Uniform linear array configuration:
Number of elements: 12
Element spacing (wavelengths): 0.75
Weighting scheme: cosine
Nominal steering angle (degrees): -15
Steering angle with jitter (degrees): -15.053
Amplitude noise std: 0.05
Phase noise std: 0.05

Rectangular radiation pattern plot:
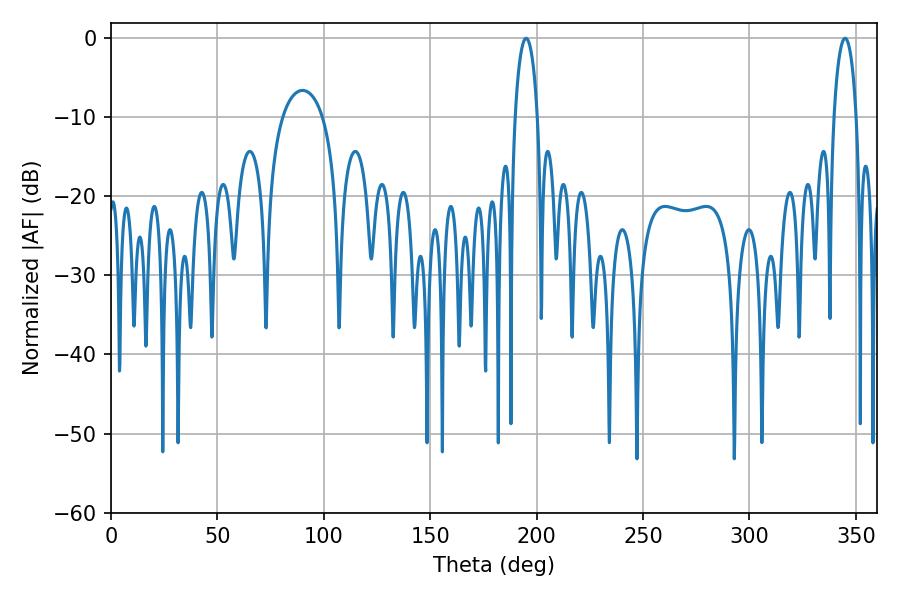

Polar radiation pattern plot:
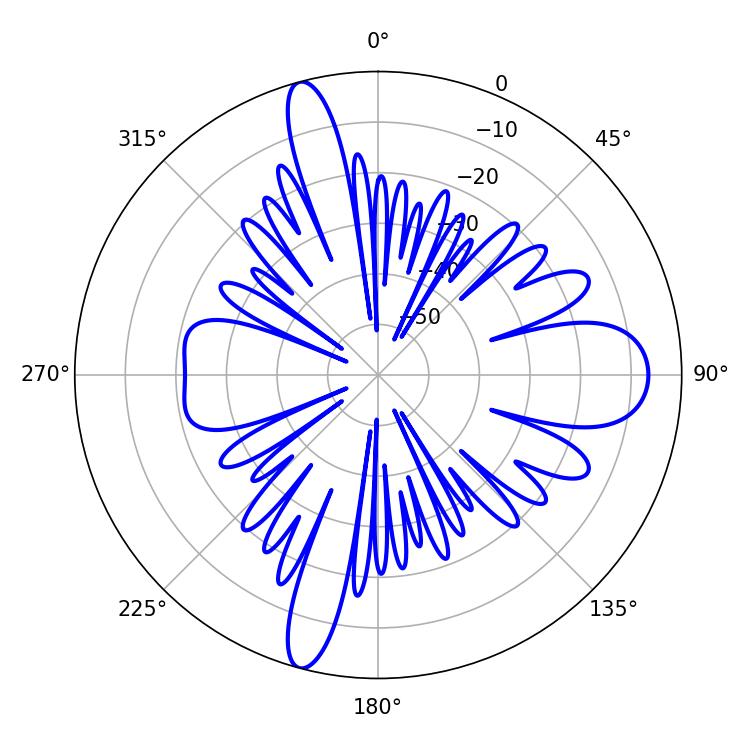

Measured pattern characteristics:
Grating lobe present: TRUE
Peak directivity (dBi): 21.83
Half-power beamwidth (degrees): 5.94
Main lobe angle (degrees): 195.12